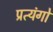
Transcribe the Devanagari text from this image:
प्रत्यंगो